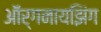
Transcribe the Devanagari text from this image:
ऑर्गनायझिंग